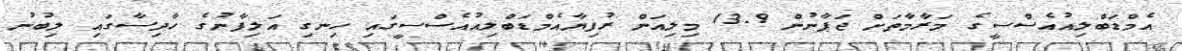
އެމްޑަބްލިއުއެސްސީގެ މަރާމާތަށް ޖަޕާނުން 13.9 މިލިއަން ރުފިޔާއެމްޑަބްލިއުއެސްސީގައި ހިނގި އަލިފާނުގެ ހާދިސާގައި ލިބުނު